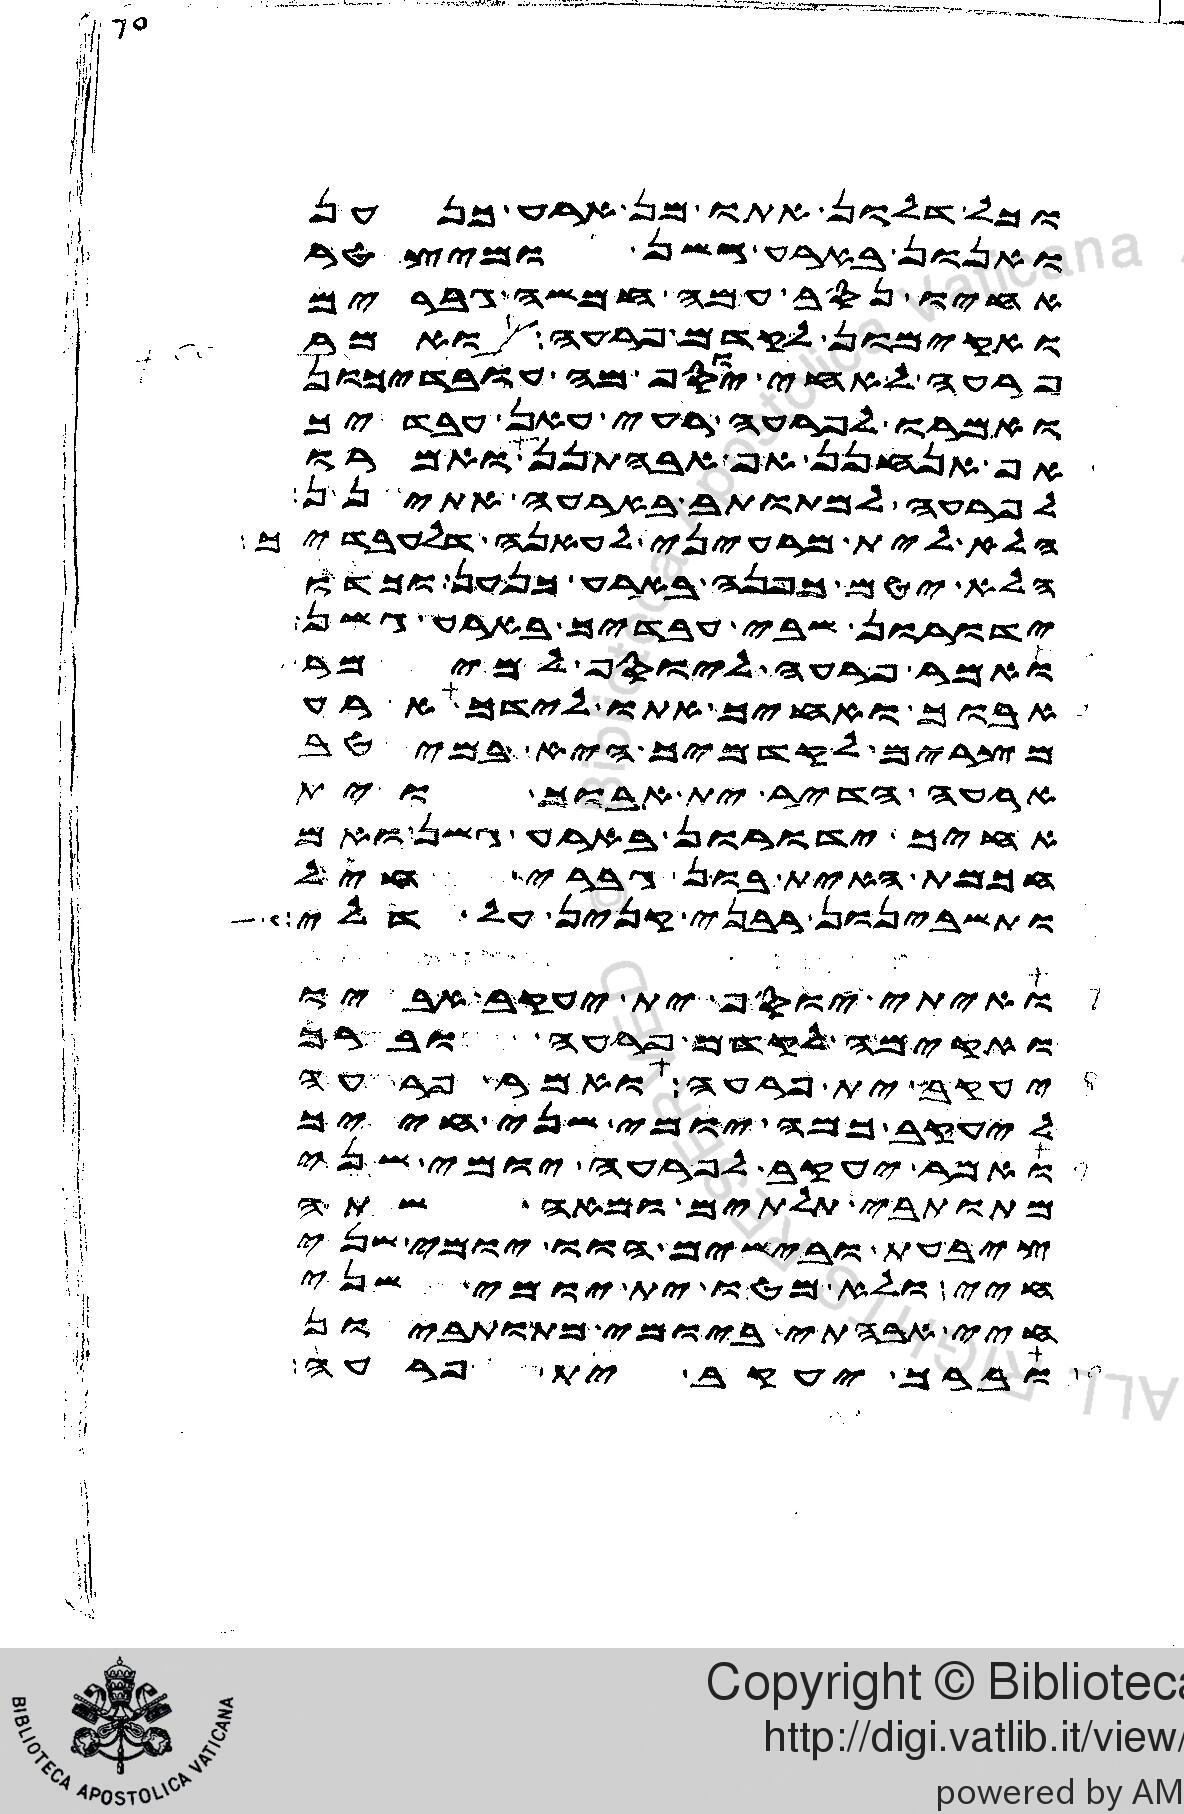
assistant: וכל דלון אתו מן ארע כנען
ואנון בארע גשן ומיצטר
אחיו נסב עמה חמשה גברים
ואקימון לקדם פרעה ואמר
פרעה לאחי יוסף מה עובדיכון
ואמרו לפרעה רעי עאן עבדיך
אף אנחנן אף אבהתנן ואמרו
לפרעה למתותב בארעה אתינן
הלא לית מרעיני לעאנה דלעבדיך
הלא יטם כפנה בארע כנען וכדו
ידורון שבי עבדיך בארע גשן
ואמר פרעה ליוסף למימר
אבוך ואחיך אתו לידך ארע
מצרים לקדמיך היא במיטב
ארעה הדיר ית אבוך וית
אחיך ידורון בארע גשן ואם
חכמת האית בון גברי חיל
ותשבינון רבני קנין על דלי
ואיתי יוסף ית יעקב אביו
ואקימה לקדם פרעה וברך
יעקב ית פרעה ואמר פרעה
ליעקב כמה יומי שני חייך
ואמר יעקב לפרעה יומי שני
מתותבי תלתים ומאה שתה
ציבעת ובישים הוו יומי שני
חיי ולא מטו ית יומי שני
חיי אבהתי ביומי מתותביון
וברך יעקב ית פרעה